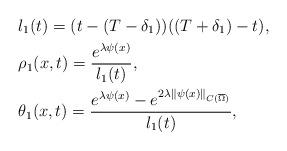
LaTeX: \begin{align*}&l_1(t)=(t-(T-\delta_1))((T+\delta_1)-t),\\&\rho_1(x,t)=\frac{e^{\lambda\psi(x)}}{l_1(t)},\\&\theta_1(x,t)=\frac{e^{\lambda\psi(x)}-e^{2\lambda\|\psi(x)\|_{C(\overline{\Omega})}}}{l_1(t)},\end{align*}